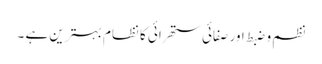
نظم و ضبط اور صفائی ستھرائی کا نظام بہترین ہے ۔